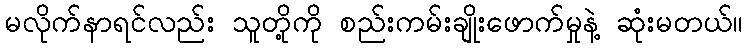
မလိုက်နာရင်လည်း သူတို့ကို စည်းကမ်းချိုးဖောက်မှုနဲ့ ဆုံးမတယ်။